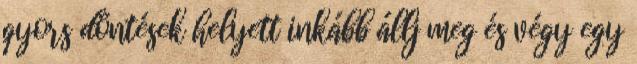
gyors döntések helyett inkább állj meg és végy egy